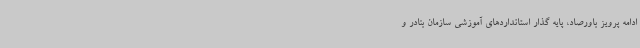
ادامه پرویز باورصاد، پایه گذار استانداردهای آموزشی سازمان بنادر و